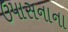
ઉપાસનાના